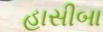
હાસીબા